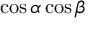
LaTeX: \cos \alpha \cos \beta